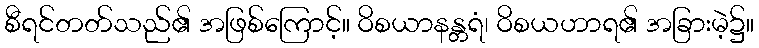
စီရင်တတ်သည်၏ အဖြစ်ကြောင့်။ ဝိစယာနန္တရံ၊ ဝိစယဟာရ၏ အခြားမဲ့၌။